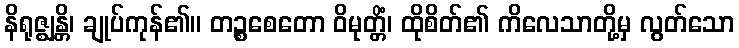
နိရုဇ္ဈန္တိ၊ ချုပ်ကုန်၏။ တဉ္စစေတော ဝိမုတ္တိံ၊ ထိုစိတ်၏ ကိလေသာတို့မှ လွတ်သော